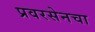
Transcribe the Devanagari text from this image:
प्रवरसेनचा